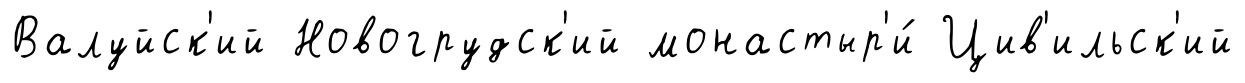
Валуйск'ий Новогрудск'ий монастыр'и́ Цив'ильск'ий